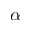
\alpha